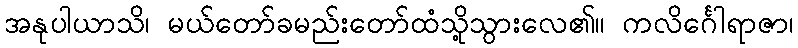
အနုပါယာသိ၊ မယ်တော်ခမည်းတော်ထံသို့သွားလေ၏။ ကလိင်္ဂေါရာဇာ၊